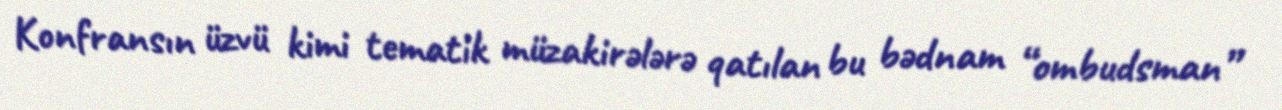
Konfransın üzvü kimi tematik müzakirələrə qatılan bu bədnam “ombudsman”